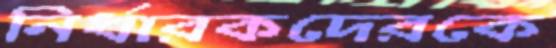
নির্ধারকদেরকে